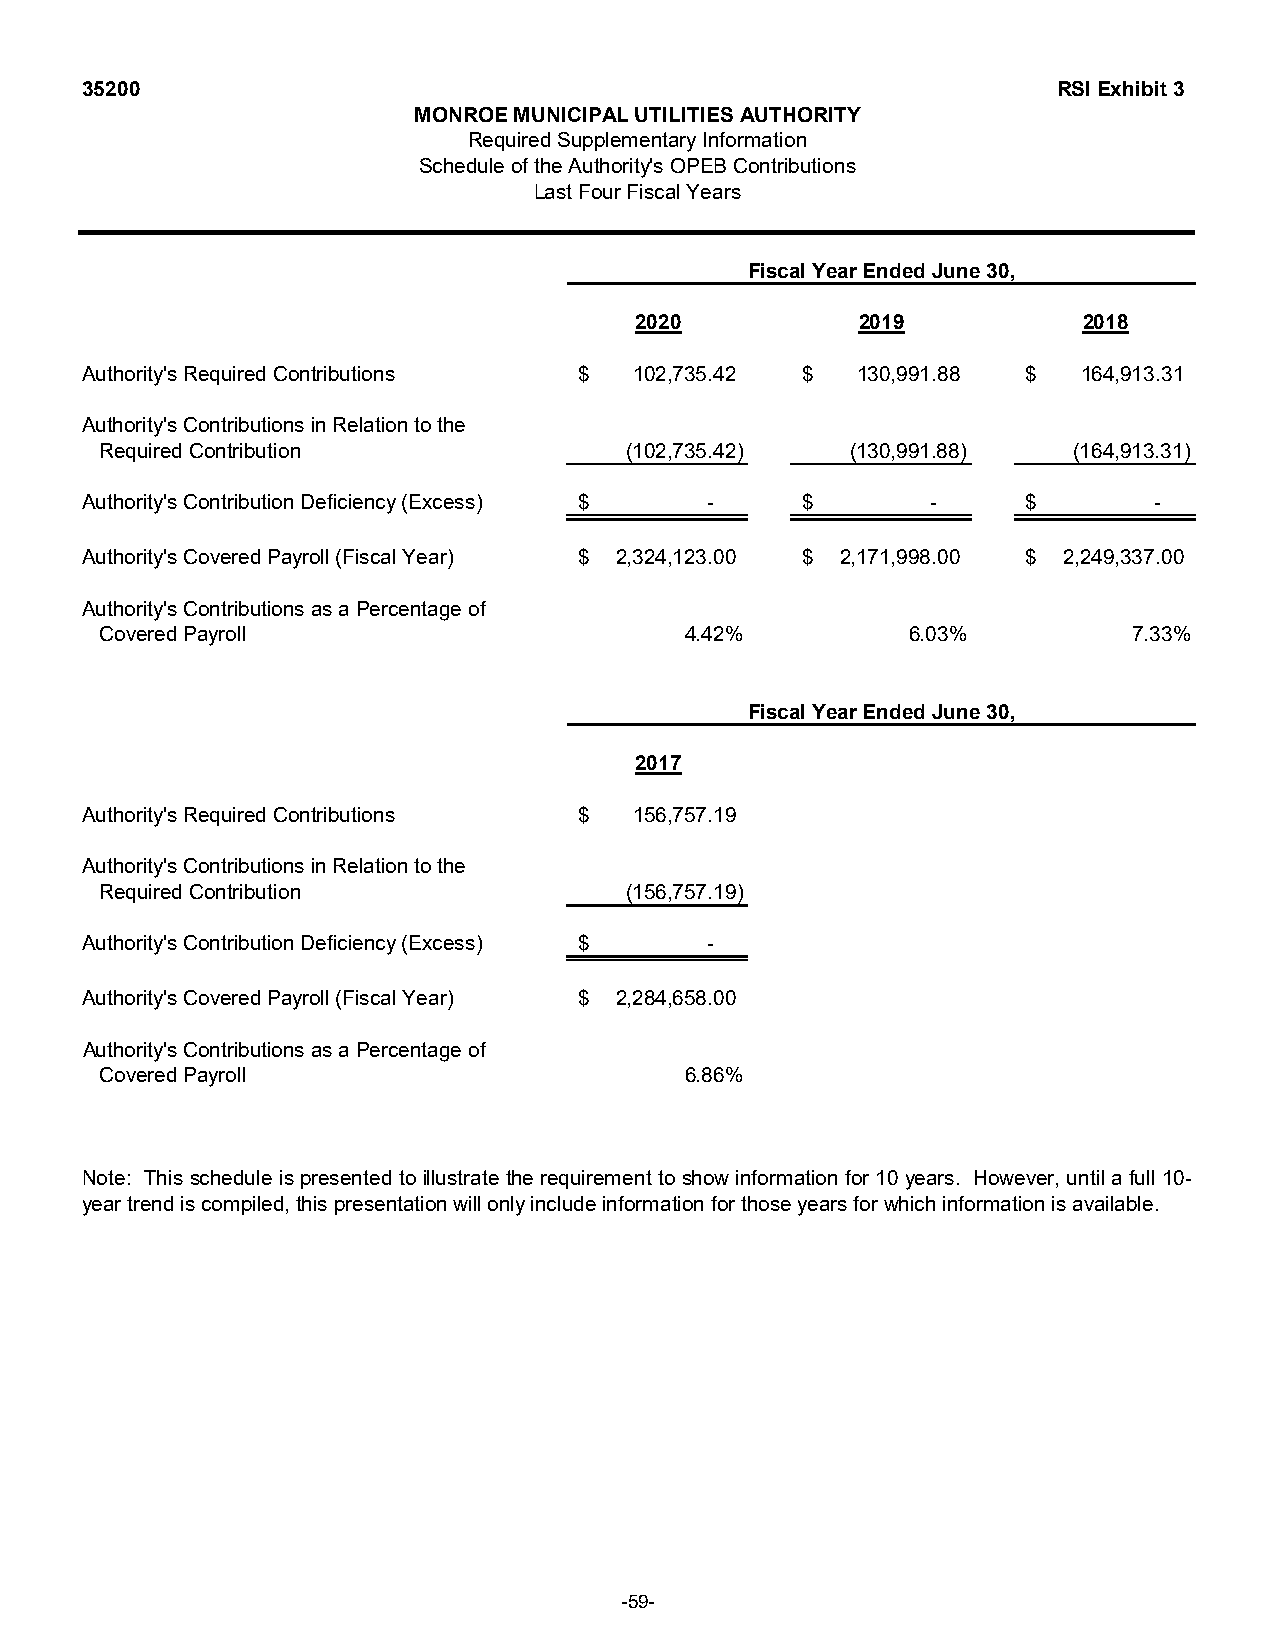
35200                                                            RSI Exhibit 3
 MONROE MUNICIPAL UTILITIES AUTHORITY
 Required Supplementary Information
 Schedule of the Authority's OPEB Contributions
 Last Four Fiscal Years
 Fiscal Year Ended June 30,
 2020          2019           2018
 Authority's Required Contributions $ 102,735.42 $  130,991.88 $   164,913.31
 Authority's Contributions in Relation to the
 Required Contribution              (102,735.42)   (130,991.88)   (164,913.31)
 Authority's Contribution Deficiency (Excess) $ - $      -     $        -
 Authority's Covered Payroll (Fiscal Year) $ 2,324,123.00 $ 2,171,998.00 $ 2,249,337.00
 Authority's Contributions as a Percentage of
 Covered Payroll                        4.42%          6.03%          7.33%
 Fiscal Year Ended June 30,
 2017
 Authority's Required Contributions $ 156,757.19
 Authority's Contributions in Relation to the
 Required Contribution              (156,757.19)
 Authority's Contribution Deficiency (Excess) $ -
 Authority's Covered Payroll (Fiscal Year) $ 2,284,658.00
 Authority's Contributions as a Percentage of
 Covered Payroll                        6.86%
 Note: This scheduleis presentedtoillustratetherequirement toshowinformationfor 10years. However,untilafull10-
 year trend is compiled, this presentation will only include information for those years for which information is available.
 -59-